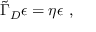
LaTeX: { \widetilde \Gamma } _ { D } \epsilon = \eta \epsilon ~ ,